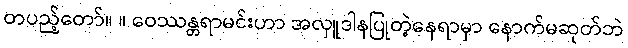
တပည့်တော်။ ။ ဝေဿန္တရာမင်းဟာ အလှူဒါနပြုတဲ့နေရာမှာ နောက်မဆုတ်ဘဲ